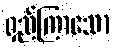
ရှည်ကြာသော